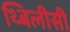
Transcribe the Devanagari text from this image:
थ्बिलीसी